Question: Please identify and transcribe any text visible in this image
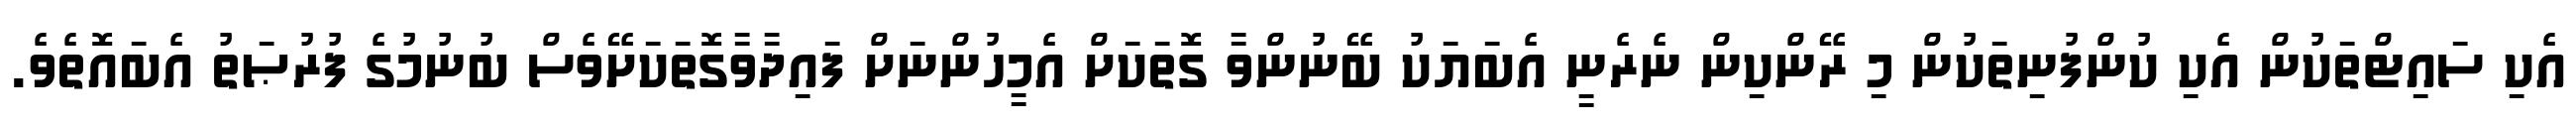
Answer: އެކި ސައިޓްތަކުން އެކި ކުންފުނިތަކުން މި ރޭންކިން ނެރެނީ އެބަޔަކު ބޭނުންވާ ގޮތަކަށް އެމީހުންނަށް ފައިދާވާގޮތަކަށޭވެސް ބުނުމުގެ ފުރުޞަތު އެބައޮތެވެ.